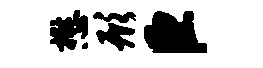
懋形臣